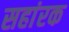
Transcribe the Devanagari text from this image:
सहांरक